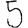
Digit: 5